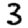
Digit: 3